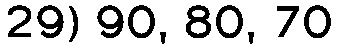
29) 90, 80, 70